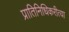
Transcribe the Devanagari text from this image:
प्रातिनिधिकरीत्या